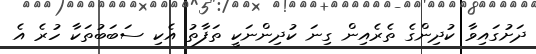
ދަށުގައިވާ ކުދިންގެ ތެރެއިން ގިނަ ކުދިންނަކީ ތަފާތު އެކި ސަބަބުތަކާ ހުރެ އެ